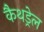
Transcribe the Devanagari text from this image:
कैथड्रेल